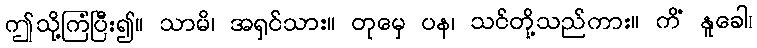
ဤသို့ကြံပြီး၍။ သာမိ၊ အရှင်သား။ တုမှေ ပန၊ သင်တို့သည်ကား။ ကိံ နူခေါ၊